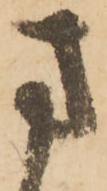
方